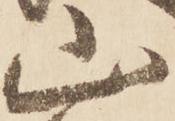
山